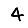
Digit: 4